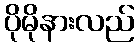
ပိုမိုနားလည်